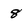
Character: 8